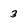
Character: 3